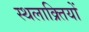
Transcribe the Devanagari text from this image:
स्थलाक्र्तियों